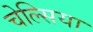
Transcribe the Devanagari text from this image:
चेल्‍सिया